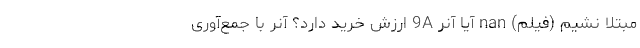
مبتلا نشیم (فیلم) nan آیا آنر 9A ارزش خرید دارد؟ آنر با جمع‌آوری